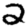
Digit: 2